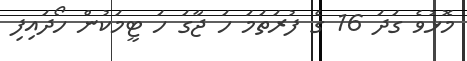
މޮޅުވެ ގަދަ 16 ގެ ފުރަތަމަ ހަ ޖާގަ ހަ ޓީމަކުން ހޯދައިފި